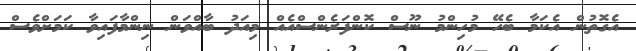
އެގޮތުން އެކަމާ ބެހޭ މުހިންމު ނޫސް ކޮންފަރެންސްއެއް މިއަދު ބާއްވަން ނިންމާފައިވާ ކަމަށްވެސް